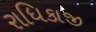
રાધિકાજી